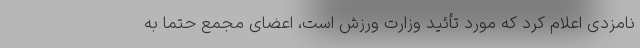
نامزدی اعلام کرد که مورد تأئید وزارت ورزش است، اعضای مجمع حتماً به